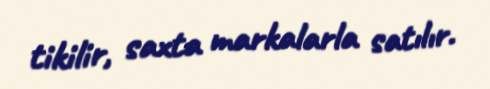
tikilir, saxta markalarla satılır.